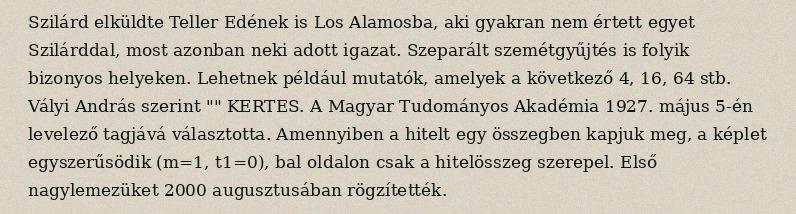
Szilárd elküldte Teller Edének is Los Alamosba, aki gyakran nem értett egyet Szilárddal, most azonban neki adott igazat. Szeparált szemétgyűjtés is folyik bizonyos helyeken. Lehetnek például mutatók, amelyek a következő 4, 16, 64 stb. Vályi András szerint "" KERTES. A Magyar Tudományos Akadémia 1927. május 5-én levelező tagjává választotta. Amennyiben a hitelt egy összegben kapjuk meg, a képlet egyszerűsödik (m=1, t1=0), bal oldalon csak a hitelösszeg szerepel. Első nagylemezüket 2000 augusztusában rögzítették.